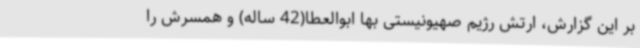
بر این گزارش، ارتش رژیم صهیونیستی بها ابوالعطا(42 ساله) و همسرش را